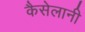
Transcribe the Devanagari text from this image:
कैसेलानी